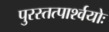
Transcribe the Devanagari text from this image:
पुरस्तत्पार्श्वयोः